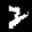
Label: 2